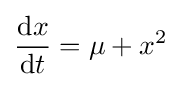
{\frac {\mathrm {d} x}{\mathrm {d} t}}=\mu +x^{2}